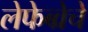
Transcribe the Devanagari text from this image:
लेफेब्व्रेचे